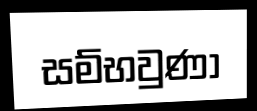
සම්භවුණා